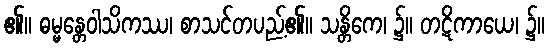
၏။ ဓမ္မန္တေဝါသိကဿ၊ စာသင်တပည့်၏။ သန္တိကေ၊ ၌။ တဋိကာယေ၊ ၌။